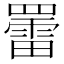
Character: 䍣